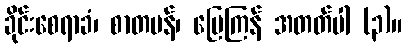
ခိုင်းစေရာခံ၊ စာတမန်၊ မြေကြန် အတတ်ပါ (၃)။